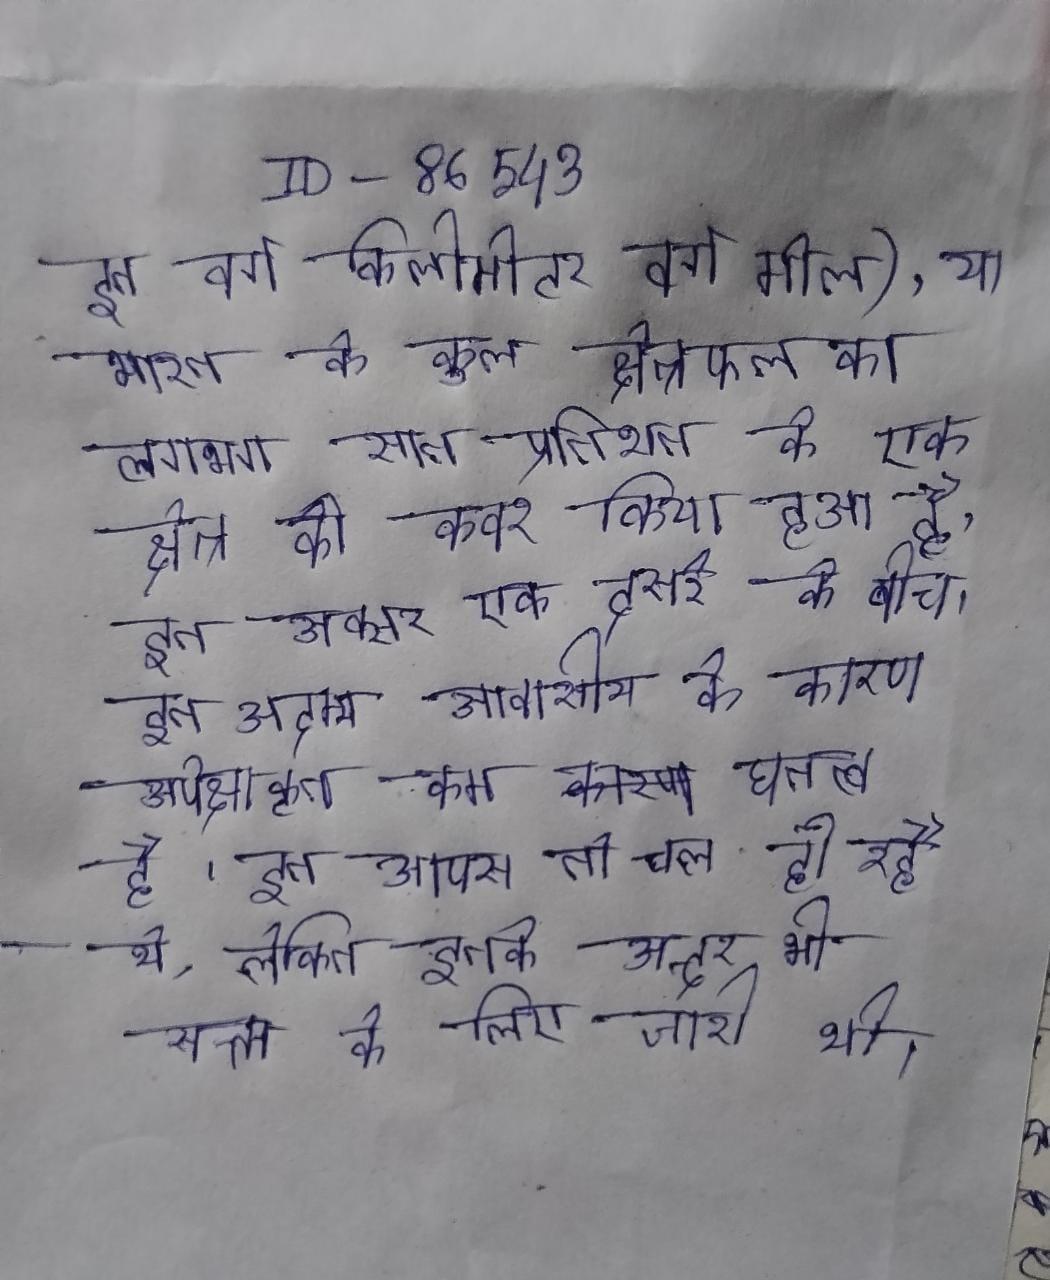
इन वर्ग किलोमीटर वर्ग मील), या भारत के कुल क्षेत्रफल का लगभग सात प्रतिशत के एक क्षेत्र को कवर किया हुआ है । इन अक्सर एक दूसरे के बीच । इन अदम्य आवासीय के कारण अपेक्षाकृत कम घनत्व है । इन आपस तो चल ही रहे थे, लेकिन इनके अन्दर भी सत्ता के लिए जारी थी ।